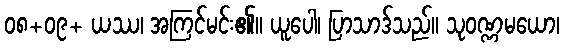
၀၈+၀၉+ ယဿ၊ အကြင်မင်း၏။ ယူပေါ၊ ပြာသာဒ်သည်။ သုဝဏ္ဏမယော၊